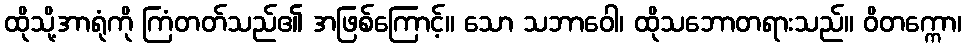
ထိုသို့အာရုံကို ကြံတတ်သည်၏ အဖြစ်ကြောင့်။ သော သဘာဝေါ၊ ထိုသဘောတရားသည်။ ဝိတက္ကော၊